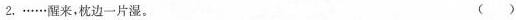
2. ……醒来，枕边一片湿。()